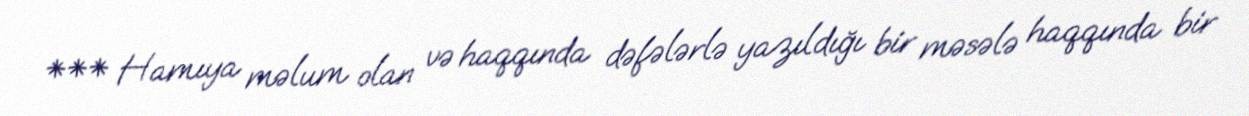
*** Hamıya məlum olan və haqqında dəfələrlə yazıldığı bir məsələ haqqında bir